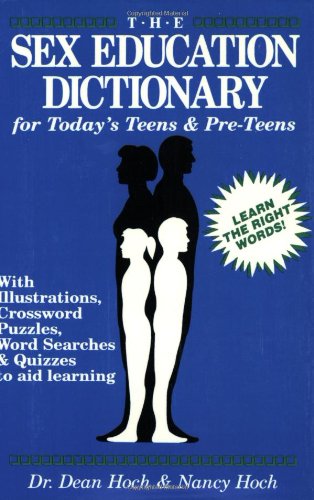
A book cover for The Sex Education Dictionary for Today's Teens & Pre-Teens; Nancy Hoch; Teen & Young Adult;